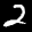
Label: 2